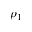
\rho _ { 1 }